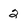
Character: 2